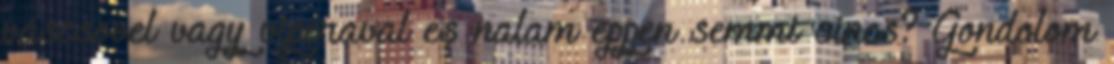
vascsovel vagy viperaval es nalam eppen semmi sincs? Gondolom